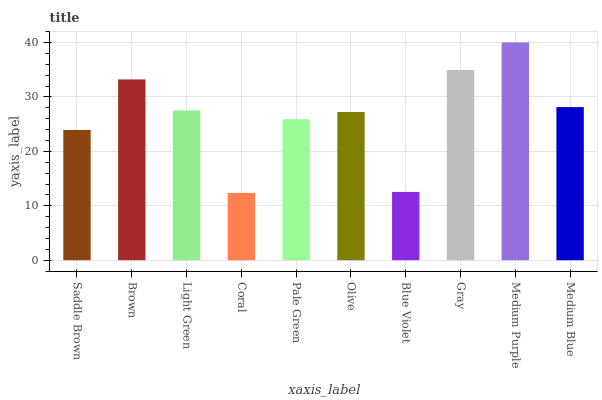
| xaxis_label | bars |
 | --- | --- |
 | Saddle Brown | 23.9 |
 | Brown | 33.2 |
 | Light Green | 27.5 |
 | Coral | 12.4 |
 | Pale Green | 25.9 |
 | Olive | 27.2 |
 | Blue Violet | 12.5 |
 | Gray | 34.9 |
 | Medium Purple | 40 |
 | Medium Blue | 28.1 |